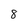
Character: 8